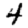
Digit: 4